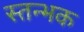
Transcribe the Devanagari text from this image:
स्तन्भक